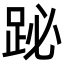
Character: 䟤